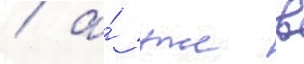
/ а́ уже в